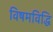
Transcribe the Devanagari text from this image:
विषमविद्धि